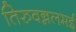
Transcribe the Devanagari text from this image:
तिरुवन्नलमई